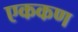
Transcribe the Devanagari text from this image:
एककण